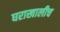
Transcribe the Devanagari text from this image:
घराखालीच